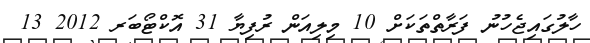
ހާލުގައިޖެހުނު ފަރާތްތަކަށް 10 މިލިއަން ރުފިޔާ 31 އޮކްޓޯބަރ 2012 13